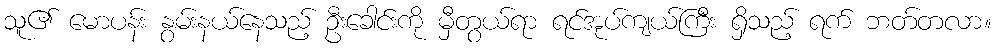
သူ၏ မောပန်း နွမ်းနယ်နေသည့် ဦးခေါင်းကို မှီတွယ်ရာ ရင်အုပ်ကျယ်ကြီး ရှိသည့် ရက် ဘတ်တလာ။